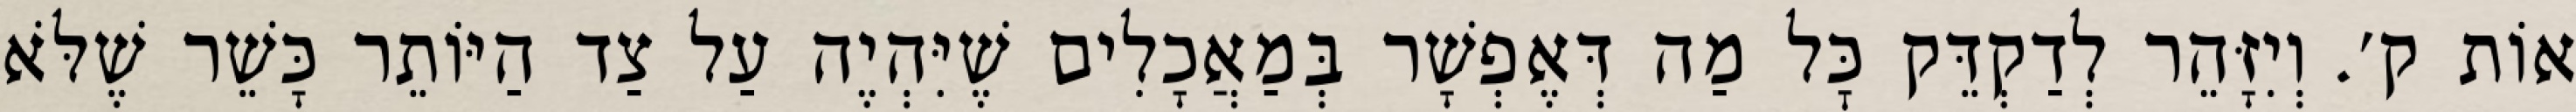
אוֹת ק׳. וְיִזָּהֵר לְדַקְדֵּק כׇּל מַה דְּאֶפְשָׁר בְּמַאֲכָלִים שֶׁיִּהְיֶה עַל צַד הַיּוֹתֵר כָּשֵׁר שֶׁלֹּא